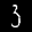
Label: 3